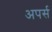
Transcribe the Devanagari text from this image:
अपर्स